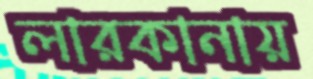
লারকানায়